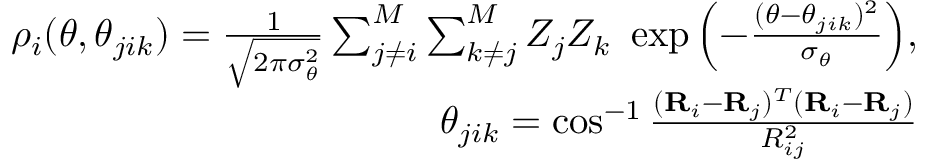
\begin{array} { r } { \rho _ { i } ( \theta , \theta _ { j i k } ) = \frac { 1 } { \sqrt { 2 \pi \sigma _ { \theta } ^ { 2 } } } \sum _ { j \neq i } ^ { M } \sum _ { k \neq j } ^ { M } Z _ { j } Z _ { k } ~ \exp { \left( - \frac { ( \theta - \theta _ { j i k } ) ^ { 2 } } { \sigma _ { \theta } } \right) } , } \\ { \theta _ { j i k } = \cos ^ { - 1 } \frac { ( \mathbf { R } _ { i } - \mathbf { R } _ { j } ) ^ { T } ( \mathbf { R } _ { i } - \mathbf { R } _ { j } ) } { R _ { i j } ^ { 2 } } } \end{array}